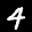
Label: 4